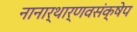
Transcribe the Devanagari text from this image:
नानार्थार्णवसंक्षेप